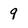
Character: 9